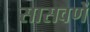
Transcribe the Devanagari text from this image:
सासवणें